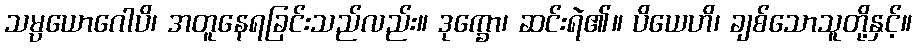
သမ္ပယောဂေါပိ၊ အတူနေရခြင်းသည်လည်း။ ဒုက္ခော၊ ဆင်းရဲ၏။ ပိယေဟိ၊ ချစ်သောသူတို့နှင့်။